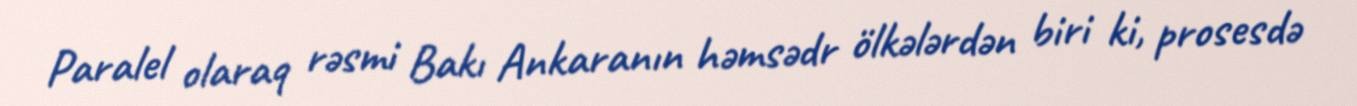
Paralel olaraq rəsmi Bakı Ankaranın həmsədr ölkələrdən biri ki, prosesdə